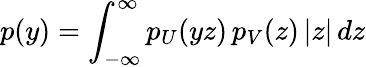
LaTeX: p(y)=\int_{-\infty}^{\infty}p_{U}(yz)\, p_{V}(z)\, |z|\, dz